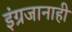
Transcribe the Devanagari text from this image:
इंग्रजानाही